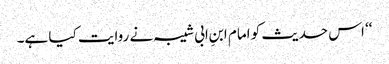
‘‘ اس حدیث کو امام ابنِ ابی شیبہ نے روایت کیا ہے۔